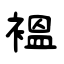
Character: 褞